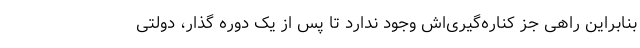
بنابراین راهی جز کناره‌گیری‌اش وجود ندارد تا پس از یک دوره گذار، دولتی